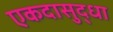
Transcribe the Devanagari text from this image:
एकदासुद्धा